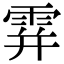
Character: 𩂦